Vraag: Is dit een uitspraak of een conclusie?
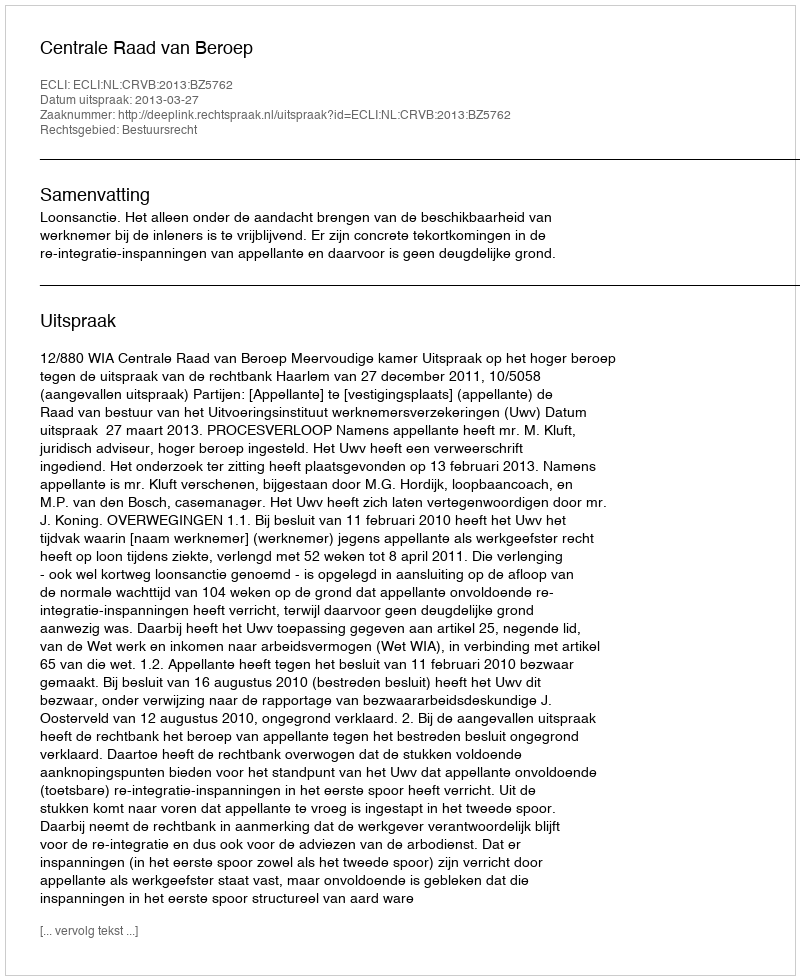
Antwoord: Uitspraak